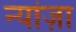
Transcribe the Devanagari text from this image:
न्यांज़ा